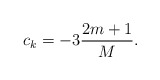
\begin{align*}c_k=-3\frac{2m+1}{M}.\end{align*}